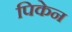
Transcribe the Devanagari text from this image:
पिकेन